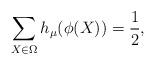
LaTeX: \begin{align*} \sum_{X \in \Omega} h_{\mu}(\phi(X)) = \frac{1}{2}, \end{align*}